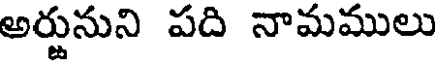
అర్జునుని పది నామములు